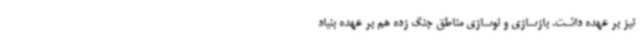
نیز بر عهده داشت. بازسازی و نوسازی مناطق جنگ زده هم بر عهده بنیاد